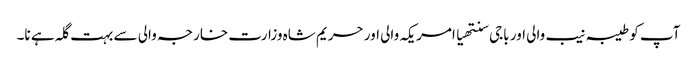
آپ کو طیبہ نیب والی اور باجی سنتھیا امریکہ والی اور حریم شاہ وزارت خارجہ والی سے بہت گلہ ہے نا۔